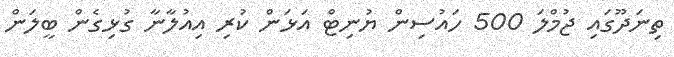
ތިނަދޫގައި ޖުމްލަ 500 ހައުސިން ޔުނިޓް އަޅަން ކުރި އިއުލާނާ ގުޅިގެން ބީލަން